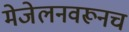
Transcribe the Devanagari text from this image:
मेजेलनवरूनच